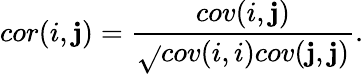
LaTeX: cor(i,\mathbf{j})=\frac{{cov(i,\mathbf{j})}}{{\sqrt{}{{cov(i,i)cov(\mathbf{j},\mathbf{j})}}}}.